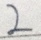
2